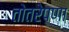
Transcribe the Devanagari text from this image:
तोतरेपणा